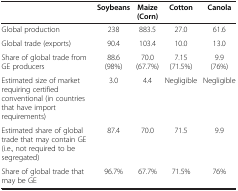
|  | Soybeans | Maize (Corn) | Cotton | Canola |
 | --- | --- | --- | --- | --- |
 | Global production | 238 | 883.5 | 27.0 | 61.6 |
 | Global trade (exports) | 90.4 | 103.4 | 10.0 | 13.0 |
 | Share of global trade from GE producers | 88.6 (98%) | 70.0 (67.7%) | 7.15 (71.5%) | 9.9 (76%) |
 | Estimated size of market requiring certified conventional (in countries that have import requirements) | 3.0 | 4.4 | Negligible | Negligible |
 | Estimated share of global trade that may contain GE (i.e., not required to be segregated) | 87.4 | 70.0 | 71.5 | 9.9 |
 | Share of global trade that may be GE | 96.7% | 67.7% | 71.5% | 76% |